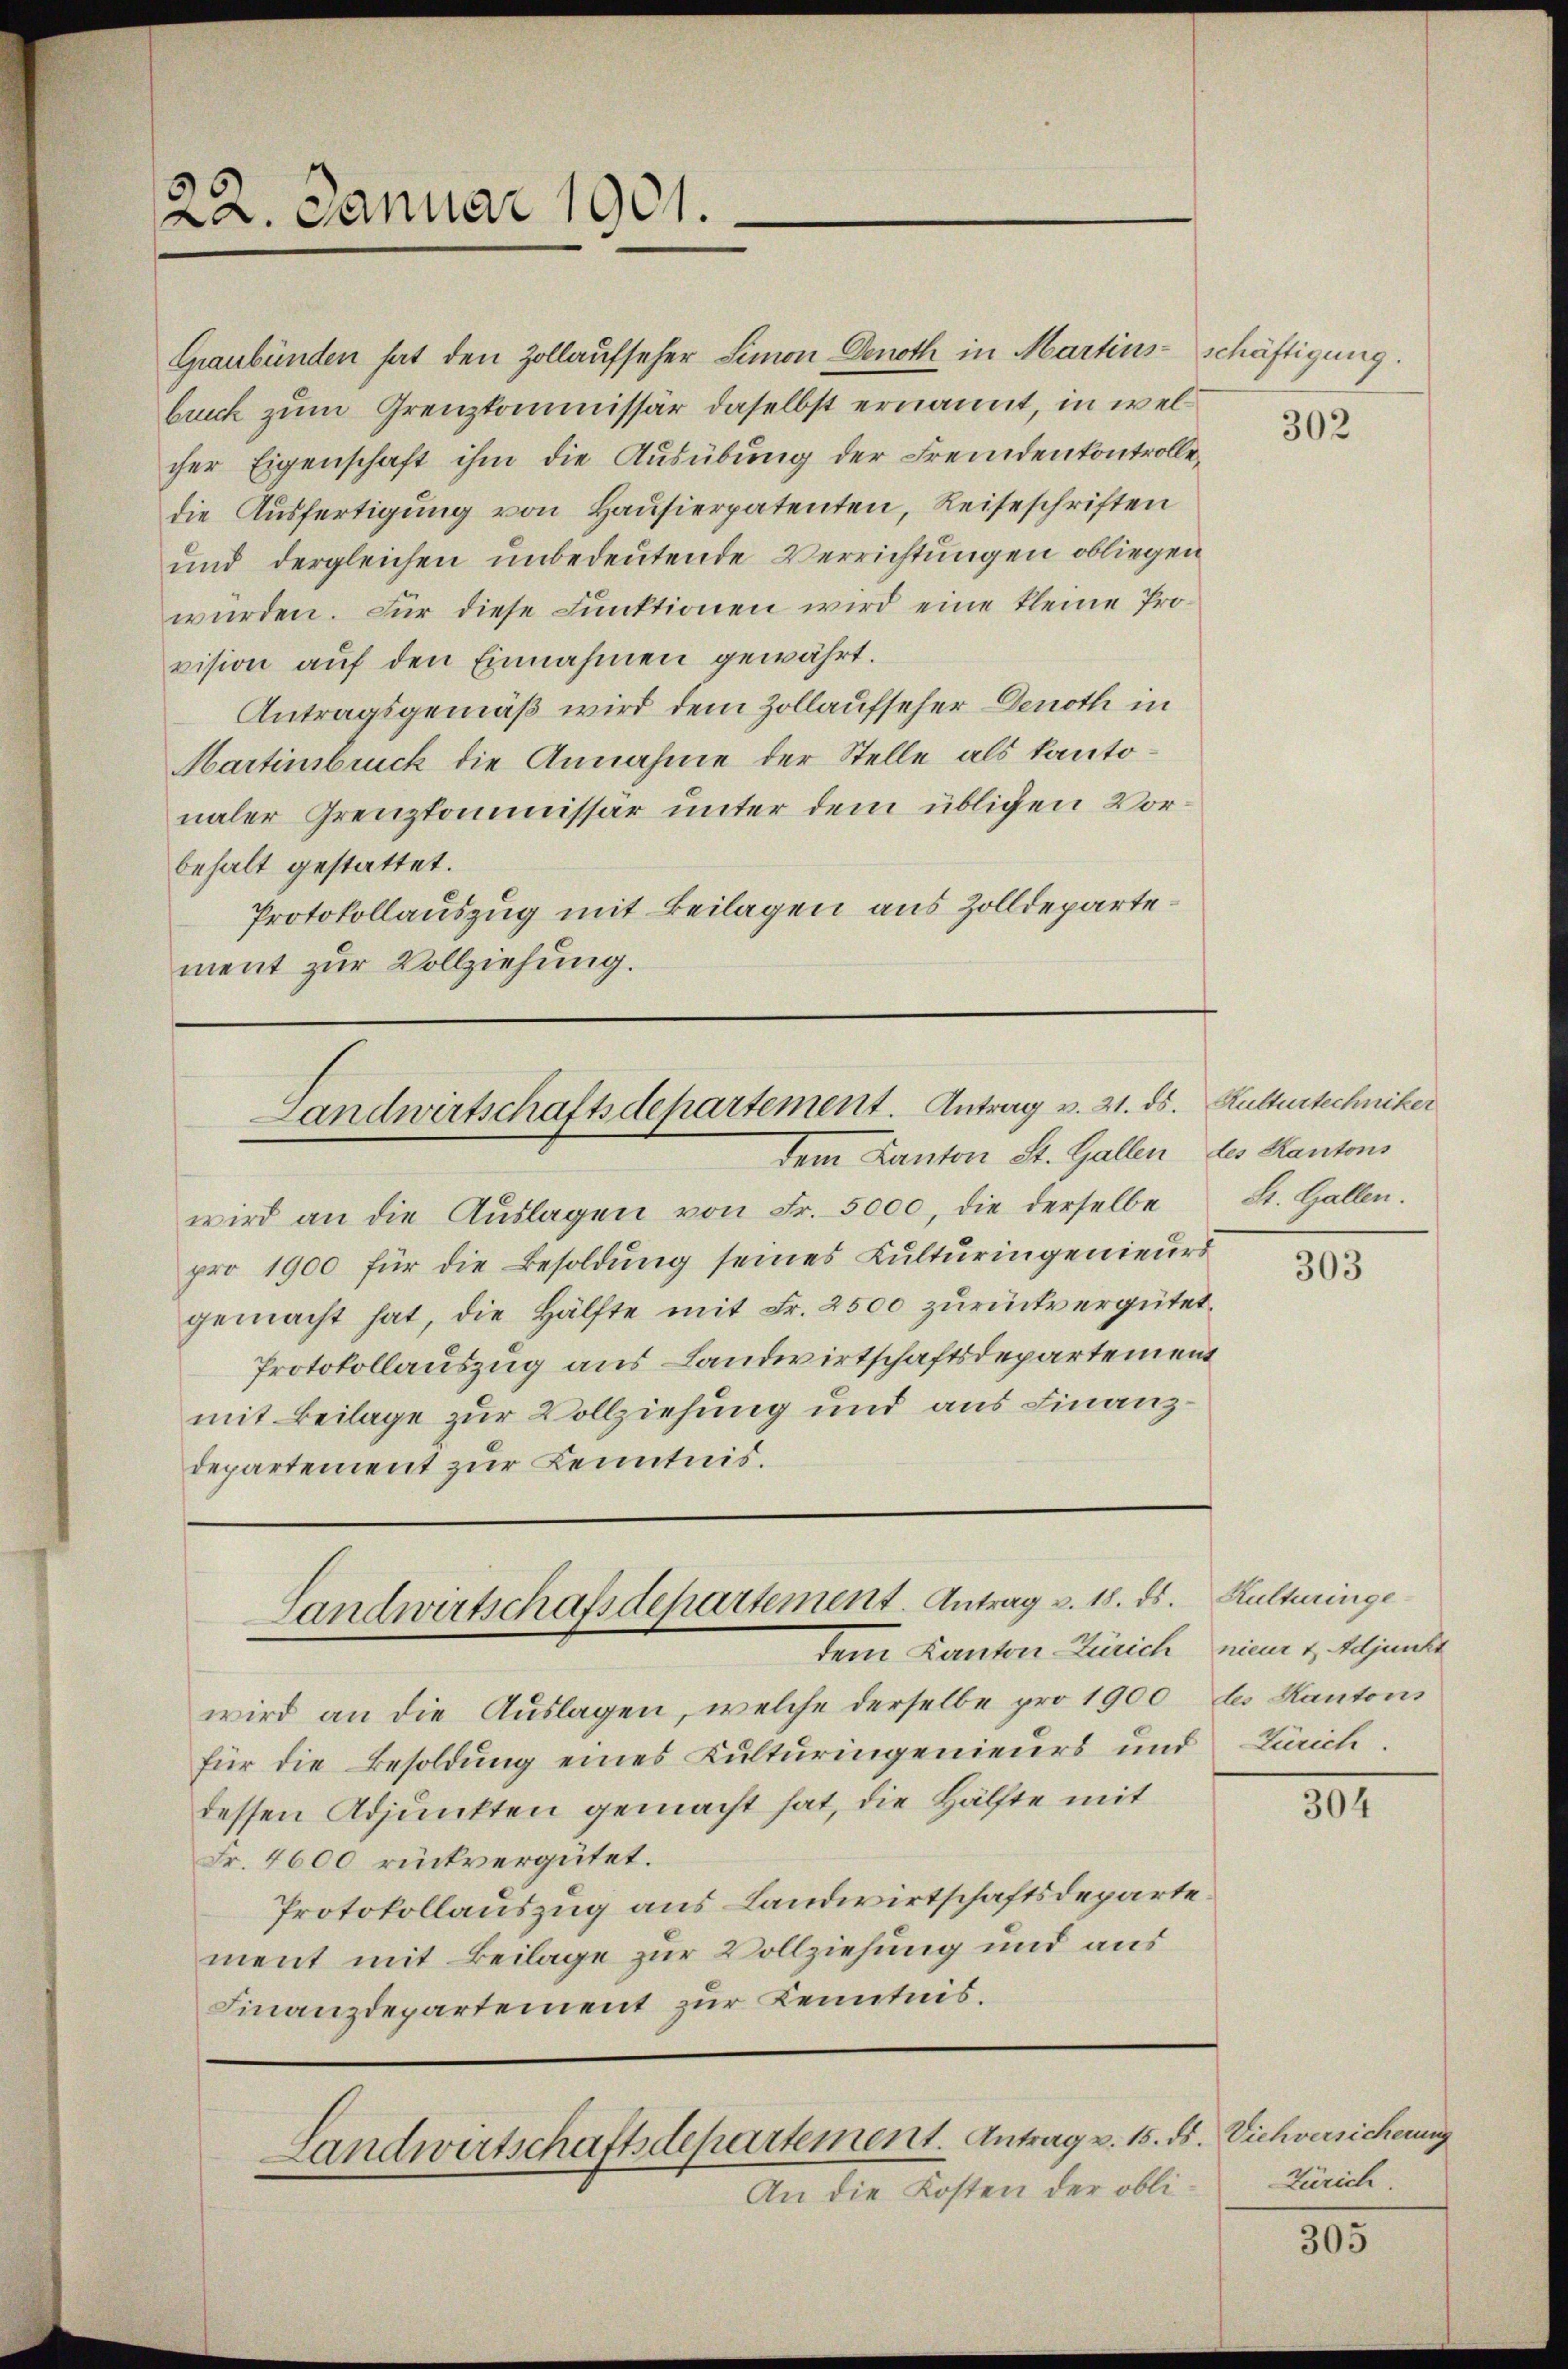
22. Januar 1901.

Graubünden hat den Zollaufseher Simon Denoth in Martins schäftigung.
buch zum Grenzkommissär daselbst ernannt, in welcher Eigenschaft ihm die Ausübung der Fremdenkontrolle,
die Ausfertigung von Hausierpatenten, Reiseschriften
und dergleichen unbedeutende Verrichtungen obliegen
würden. Für diese Funktionen wird eine kleine Provision auf den Einnahmen gewährt.
Antragsgemäß wird dem Zollaufseher Denoth in
Martinsbruck die Annahme der Stelle als kantonaler Grenzkommissär unter dem übligen Vorbehalt gestattet.
Protokollauszug mit Beilagen aus Zolldepartement zur Vollziehung.

Landwirtschaftsdepartement. Antrag v. 21. ds. Kulturtechniker
dem Kanton St. Gallen des Kantons

Landwirtschafsdepartement. Antrag v. 18. ds. Kulturinge
dem Kanton Zürich nieme 1, Adjunkt

Landwirtschaftsdepartement. Antrag v. 15. ds. Viehversicherung
An die Kosten der obli¬

wird an die Auslagen von Fr. 5000, die derselbe
pro 1900 für die Besoldung seines Kulturingenieurs
gemacht hat, die Hälfte mit Fr. 2500 zurückvergütet,
Protokollauszug aus Landwirtschaftsdepartement
mit Beilage zur Vollziehung und aus Finanz¬
Departement zur Kenntnis.

wird an die Aŭslagen, welche derselbe pro 1900 des Kantons
für die Besoldung eines Kulturingenieurs und Zürich.
dessen Adjunkten gemacht hat, die Hälfte mit
Fr. 4600 rückvergütet.
Protokollauszug aus Landwirtschaftsdepartement mit Beilage zur Vollziehung und aus
Finanzdepartement zur Kenntnis.

302

St. Gallen.

303

304

Zürich

305